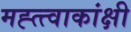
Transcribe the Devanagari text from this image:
मह्त्त्वाकांक्षी